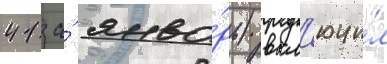
41 за́ янва́рь) вкл'ючи́л